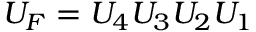
U _ { F } = U _ { 4 } U _ { 3 } U _ { 2 } U _ { 1 }